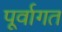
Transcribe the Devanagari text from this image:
पूर्वागत